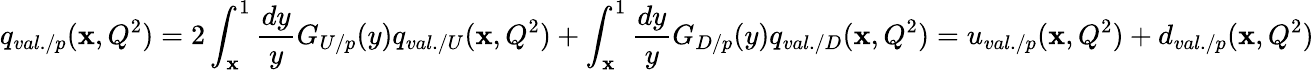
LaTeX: q_{val./p}(\mathbf{x},Q^{2})=2\int_{\mathbf{x}}^{1}\frac{{dy}}{{y}}G_{U/p}(y)q_{val./U}(\mathbf{x},Q^{2})+\int_{\mathbf{x}}^{1}\frac{{dy}}{{y}}G_{D/p}(y)q_{val./D}(\mathbf{x},Q^{2})=u_{val./p}(\mathbf{x},Q^{2})+d_{val./p}(\mathbf{x},Q^{2})